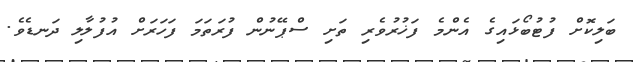
ބަލިކޮށް ފުޓުބޯޅައިގެ އެންމެ ފަޚުރުވެރި ތަށި ސްޕޭނުން ފުރަތަމަ ފަހަރަށް އުފުލާލި ދަނޑެވެ.